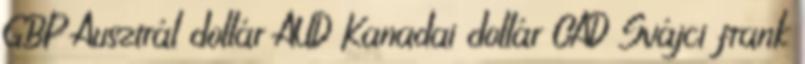
GBP Ausztrál dollár AUD Kanadai dollár CAD Svájci frank